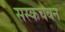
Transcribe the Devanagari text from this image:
सस्कचेवन